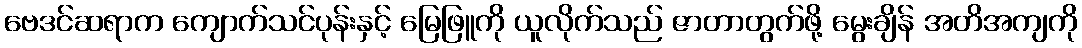
ဗေဒင်ဆရာက ကျောက်သင်ပုန်းနှင့် မြေဖြူကို ယူလိုက်သည် ဇာတာတွက်ဖို့ မွေးချိန် အတိအကျကို